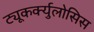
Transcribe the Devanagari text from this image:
ट्यूकर्क्युलोसिस